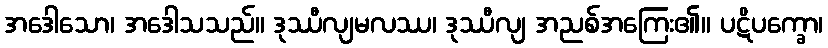
အဒေါသော၊ အဒေါသသည်။ ဒုဿီလျမလဿ၊ ဒုဿီလျ အညစ်အကြေး၏။ ပဋိပက္ခော၊